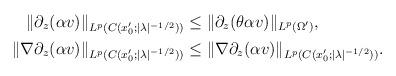
LaTeX: \begin{align*}\|\partial_z (\alpha v)\|_{L^p(C(x_0'; |\lambda|^{-1/2}))}&\le \|\partial_z (\theta \alpha v)\|_{L^p(\Omega')},\\\|\nabla\partial_z (\alpha v)\|_{L^p(C(x_0'; |\lambda|^{-1/2}))}&\le \|\nabla\partial_z (\alpha v)\|_{L^p(C(x_0'; |\lambda|^{-1/2}))}.\end{align*}